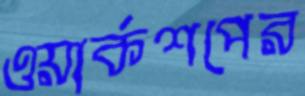
ওয়ার্কশপের